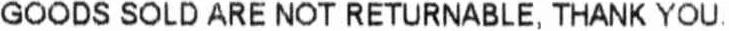
GOODS SOLD ARE NOT RETURNABLE, THANK YOU.